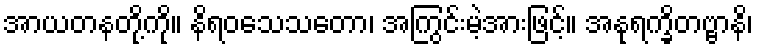
အာယတနတို့ကို။ နိရဝသေသတော၊ အကြွင်းမဲ့အားဖြင့်။ အနုရက္ခိတဗ္ဗာနိ၊